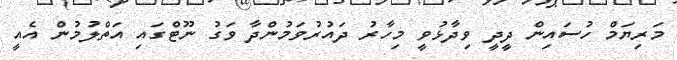
މަރިޔަމް ހުސައިން ދީދީ ވިދާޅުވީ މިހާރު ދައުރުވަމުންދާ ވަގު ނޫޓްގައި އަތްލުމުން އެއީ